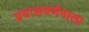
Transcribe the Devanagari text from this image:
प्रवासवर्णनाला